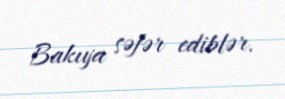
Bakıya səfər ediblər.